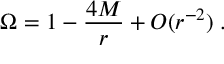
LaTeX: \Omega = 1 - \frac { 4 M } { r } + { \cal O } ( r ^ { - 2 } ) \; .